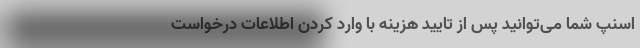
اسنپ شما می‌توانید پس از تایید هزینه با وارد کردن اطلاعات درخواست